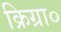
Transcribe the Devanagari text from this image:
क्रिग्रा०